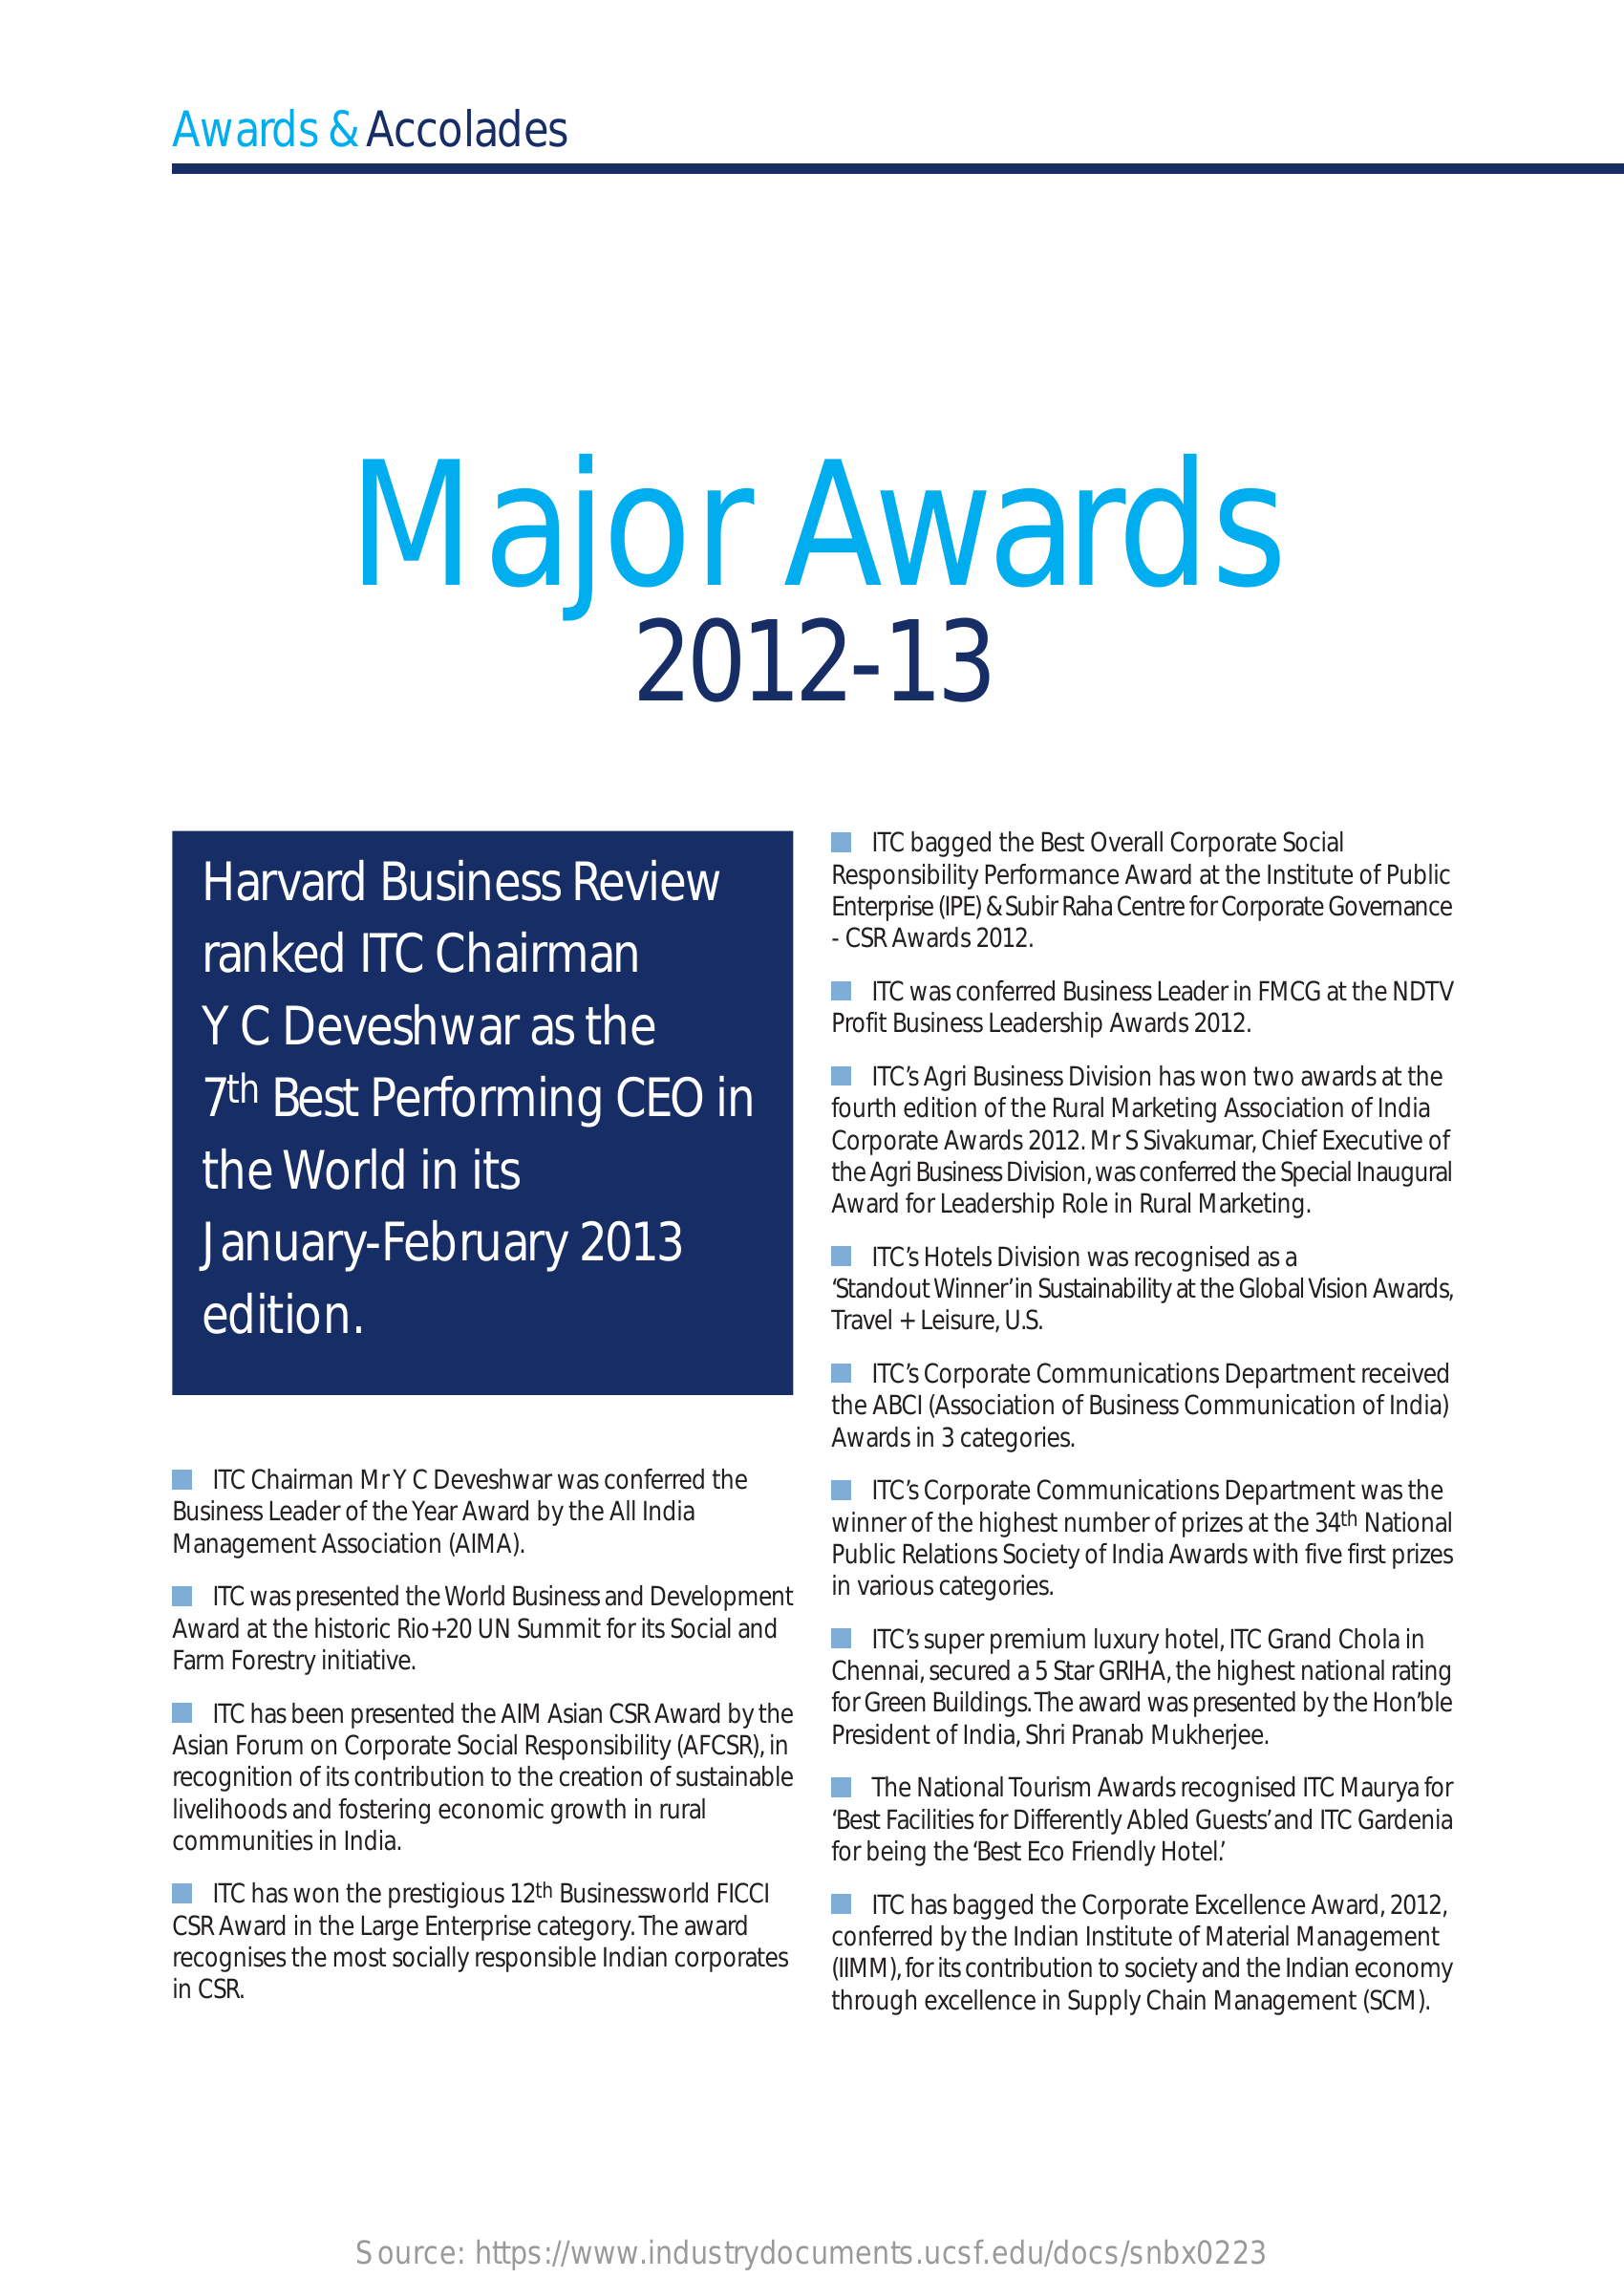
Awards   & Accolades
     Major    Awards
     2012-13
     ITC bagged the Best Overall Corporate Social
     Harvard    Business   Review    Responsibility Performance Award at the Institute of Public
     Enterprise (IPE) & Subir Raha Centre for Corporate Governance
     ranked    ITC Chairman
     CSR Awards 2012.
     -
     ITC was conferred Business Leader in FMCG at the NDTV
     Y  C Deveshwar    as the    Profit Business Leadership Awards 2012.
     7 th Best Performing    CEO   in
     ITC’s Agri Business Division has won two awards at the
     fourth edition of the Rural Marketing Association of India
     the  World   in its
     Corporate Awards 2012. Mr S Sivakumar, Chief Executive of
     the Agri Business Division, was conferred the Special Inaugural
     Award for Leadership Role in Rural Marketing.
     January-February    2013
     ITC’s Hotels Division was recognised as a
     edition.
     ‘Standout Winner’ in Sustainability at the Global Vision Awards,
     Travel + Leisure, U.S.
     ITC’s Corporate Communications Department received
     the ABCI (Association of Business Communication of India)
     Awards in 3 categories.
     ITC Chairman Mr Y C Deveshwar was conferred the
     Business Leader of the Year Award by the All India
     ITC’s Corporate Communications Department was the
     Management Association (AIMA).
     winner of the highest number of prizes at the 34th National
     Public Relations Society of India Awards with five first prizes
     ITC was presented the World Business and Development
     in various categories.
     Award at the historic Rio+20 UN Summit for its Social and
     Farm Forestry initiative.
     ITC’s super premium luxury hotel, ITC Grand Chola in
     Chennai, secured a 5 Star GRIHA, the highest national rating
     ITC has been presented the AIM Asian CSR Award by the
     for Green Buildings. The award was presented by the Hon’ble
     Asian Forum on Corporate Social Responsibility (AFCSR), in
     President of India, Shri Pranab Mukherjee.
     recognition of its contribution to the creation of sustainable
     livelihoods and fostering economic growth in rural
     The National Tourism Awards recognised ITC Maurya for
     ‘Best Facilities for Differently Abled Guests’ and ITC Gardenia
     communities in India.
     for being the ‘Best Eco Friendly Hotel.’
     ITC has won the prestigious 12th Businessworld FICCI
     CSR Award in the Large Enterprise category. The award
     ITC has bagged the Corporate Excellence Award, 2012,
     recognises the most socially responsible Indian corporates
     conferred by the Indian Institute of Material Management
     (IIMM), for its contribution to society and the Indian economy
     in CSR.
     through excellence in Supply Chain Management (SCM).
     Source: https://www.industrydocuments.ucsf.edu/docs/snbx0223